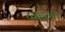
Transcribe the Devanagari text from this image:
पर्यतची